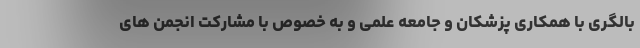
بالگری با همکاری پزشکان و جامعه علمی و به خصوص با مشارکت انجمن های